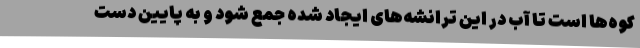
کوه‌ها است تا آب در این ترانشه‌های ایجاد شده جمع شود و به پایین دست